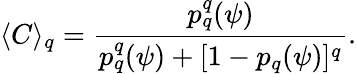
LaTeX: \langle C\rangle_{q}=\frac{p_{q}^{q}(\psi)}{p_{q}^{q}(\psi)+[1-p_{q}(\psi)]^{q}}.